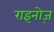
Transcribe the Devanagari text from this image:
राइनोज़